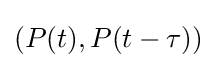
(P(t),P(t-\tau ))